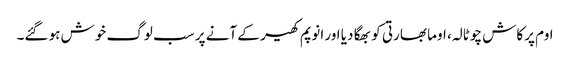
اوم پرکاش چوٹالہ، اوما بھارتی کو بھگا دیا اور انوپم کھیر کے آنے پر سب لوگ خوش ہو گئے۔